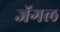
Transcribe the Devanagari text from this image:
जॅगल